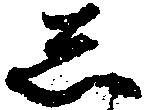
し